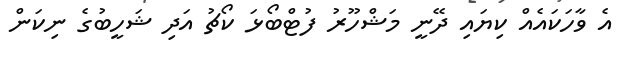
އެ ވާހަކައެއް ކިޔައި ދޭނީ މަޝްހޫރު ފުޓްބޯޅަ ކޯޗު އަދި ޝަހީބުގެ ނިކަން